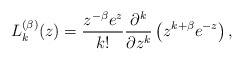
\begin{align*}L_k^{(\beta)}(z)=\frac{z^{-\beta} e^z }{k!}\frac{\partial^k}{\partial z^k}\left(z^{k+\beta} e^{-z} \right),\end{align*}